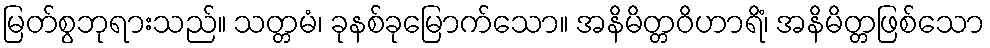
မြတ်စွဘုရားသည်။ သတ္တမံ၊ ခုနစ်ခုမြောက်သော။ အနိမိတ္တဝိဟာရိံ၊ အနိမိတ္တဖြစ်သော